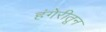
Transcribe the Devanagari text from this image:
हंगेरीतून